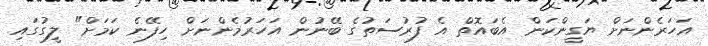
އަހަރެންނަށް ޔަގީންކަން އެބައޮތް އެ ފުރުސަތުގެ ބޭނުން އަހަރުމެންނަށް ހިފޭނެ ކަމަށް" ލީގުގައި